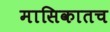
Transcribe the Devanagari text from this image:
मासिकातच